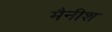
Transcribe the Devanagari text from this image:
मैनीश